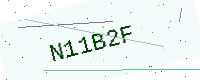
Text: N11B2F